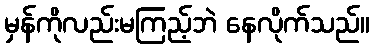
မှန်ကိုလည်းမကြည့်ဘဲ နေလိုက်သည်။